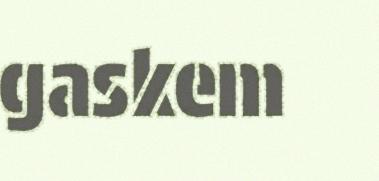
gaskem